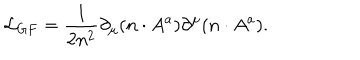
{ \cal L } _ { G F } = \frac { 1 } { 2 n ^ { 2 } } \partial _ { \mu } ( n \cdot A ^ { a } ) \partial ^ { \mu } ( n \cdot A ^ { a } ) .